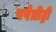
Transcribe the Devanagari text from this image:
पपेत्रीट्री